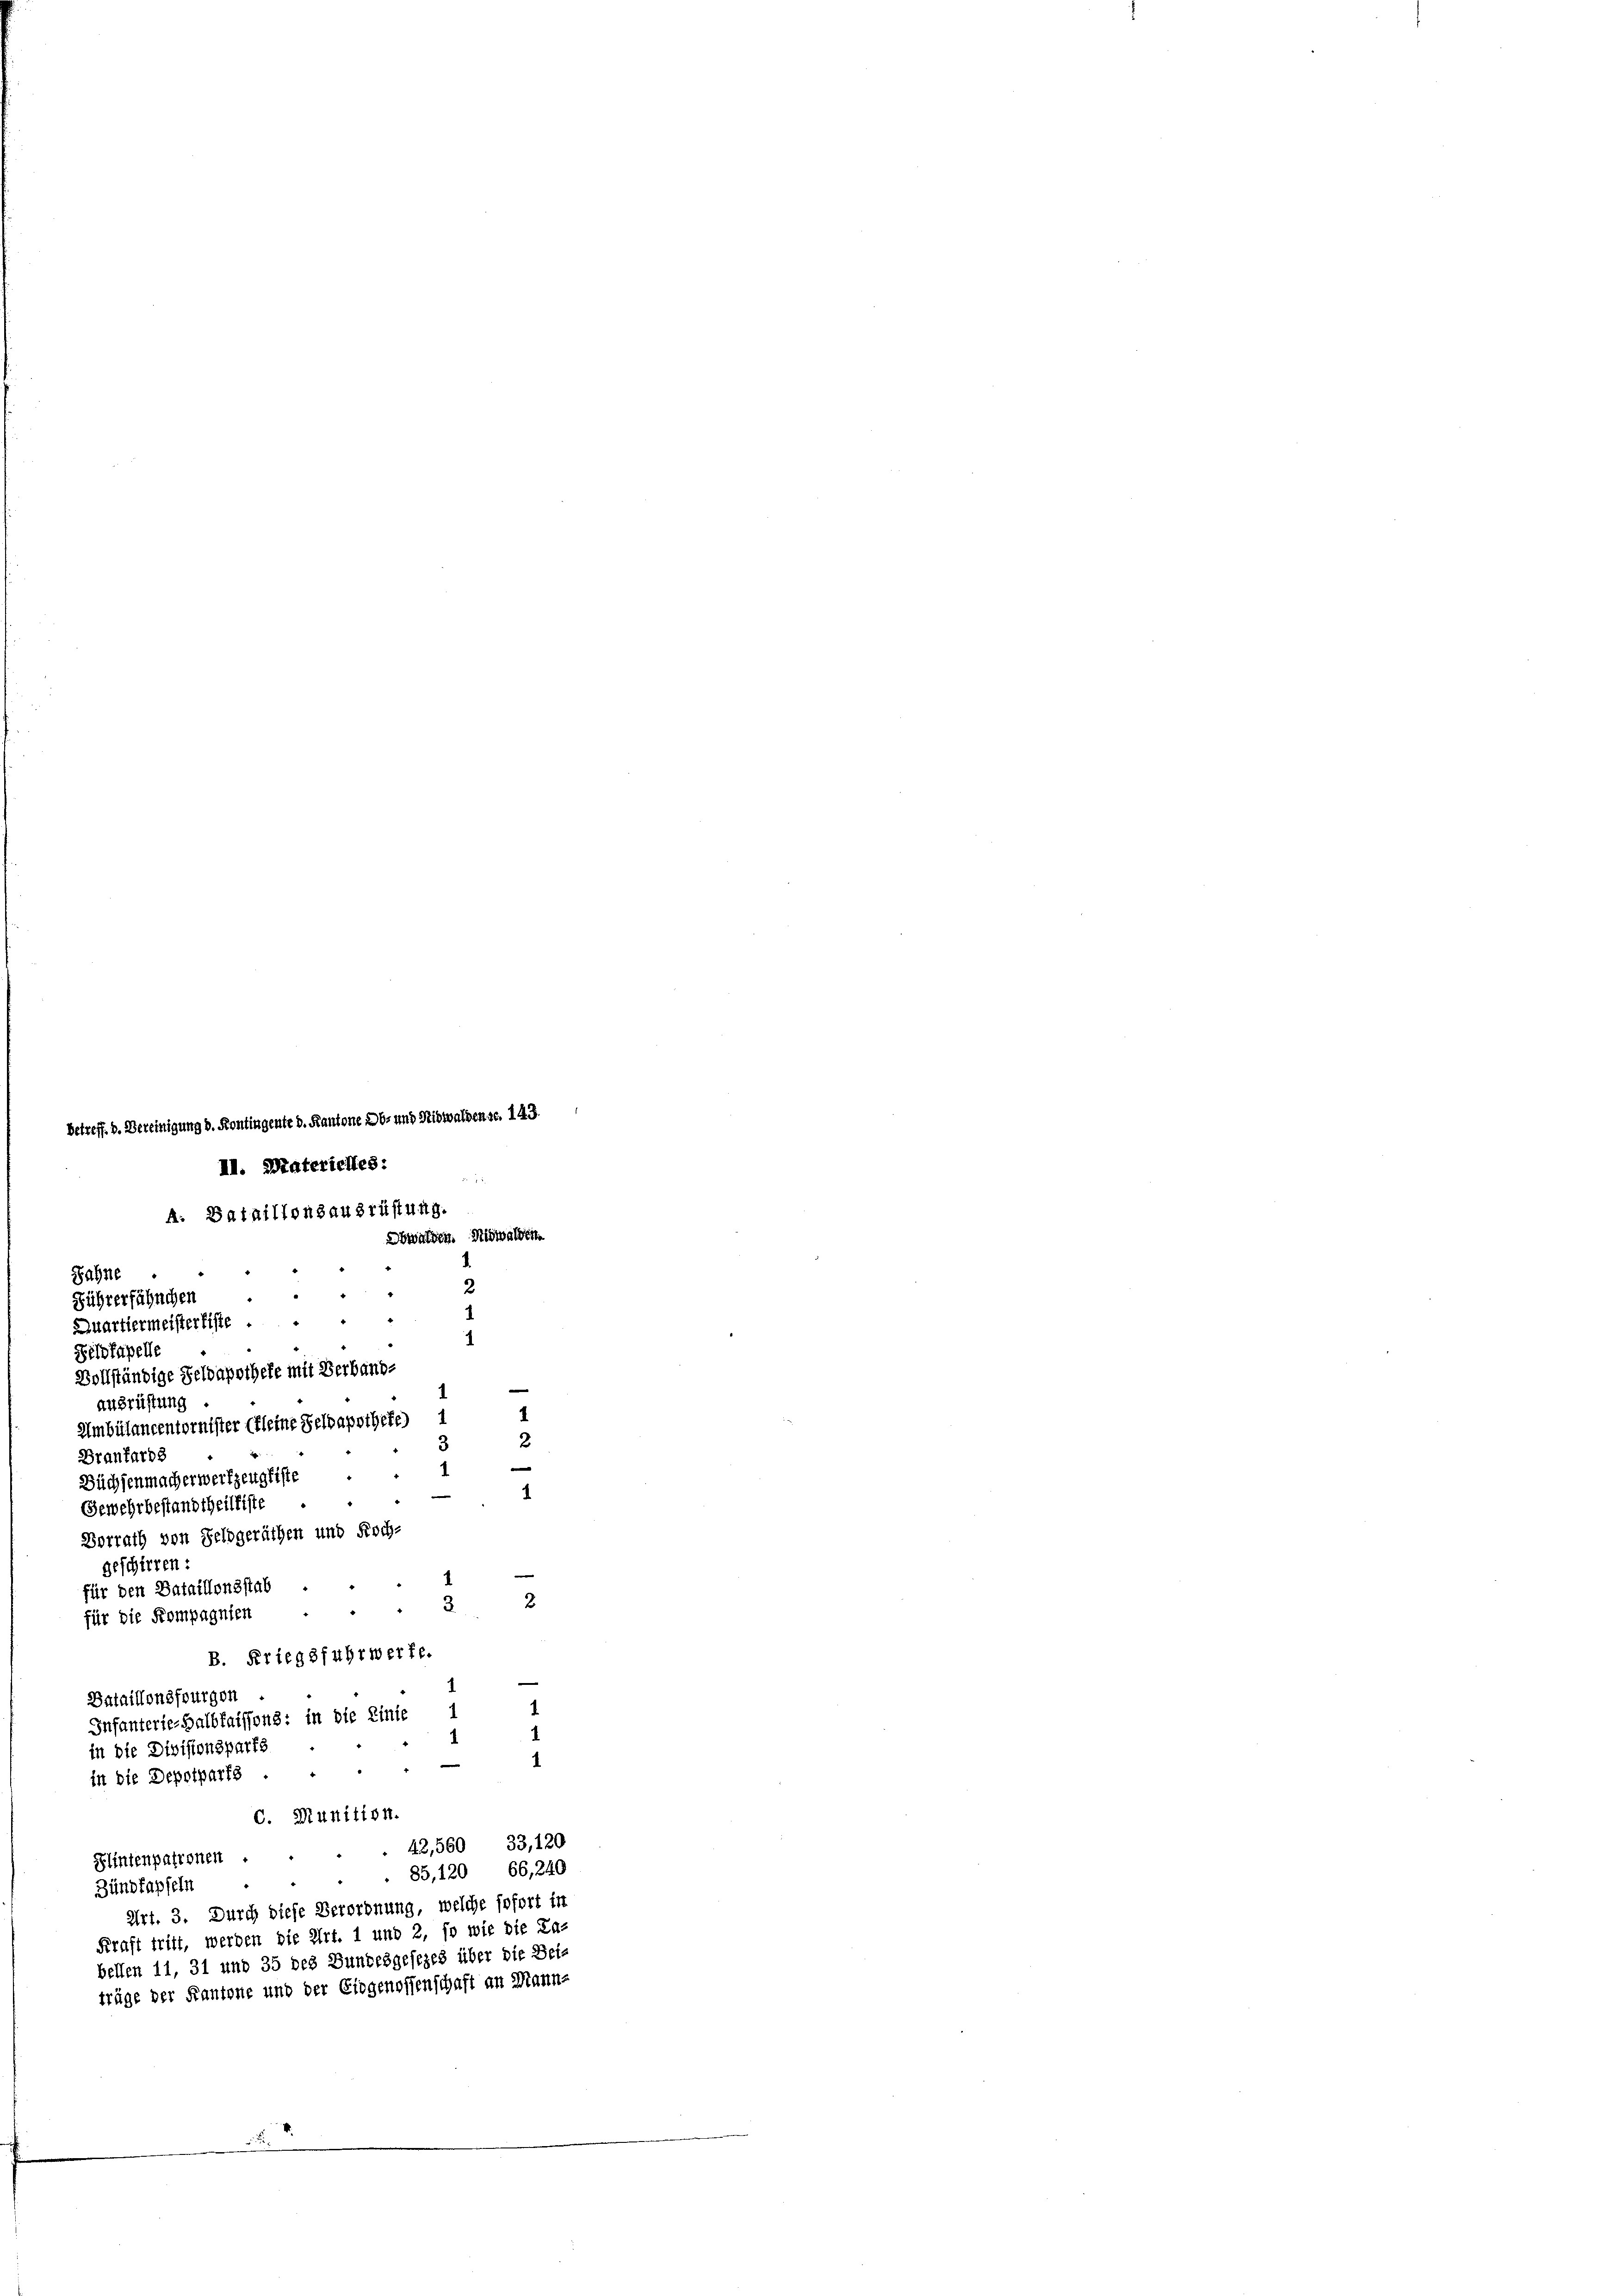
A. Bataillonsausrüstung.
Obwalden. Nidwalden.
Jahne
n

2
Führerfähnchen
Quartiermeisterliste
Zelofapelle
Vollständige Geldapothete mit Verband-
.
Ausrüstung
Umbülancentornister Erleine Selbapothefe) 1
2
Branfarb
e
Düchsenmacherwerfzengliste
Gewehrbestandtheilfiste
Vorrath von Feldgeräthen und Koch-
geschirren:
e
für den Bataillonsstab
2
3
für die Kompagnien
B. Kriegsfuhrwerfe.
e
Bataillonsfourgen
.
Infanterie-Halbfaissens: in die Linie 1
in die Divisionsparts
1
e
in die Depotparfs.
C. Munition.
42,560 33,120
Flintenpatronen .
85,120, 66, 240
Zündfapfeln
Art. 3. Durch diese Verordnung, welche sofort in
Kraft tritt, werden die Art. 1 und 2, so wie die Ta-
bellen 11, 31 und 35 des Bundesgesezes über die Bei-
träge der Kantone und der Eidgenossenschaft an Mann-
1

betreff. d. Bereinigung d. Kontingente d. Kantone Ob- und Nidwaldense. 143.
II. Materichtes: